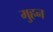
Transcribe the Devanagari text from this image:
मुहन